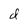
Character: d